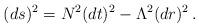
LaTeX: \begin{align*}(ds)^{2}=N^{2}(dt)^{2}-\Lambda ^{2}(dr)^{2}\, .\end{align*}